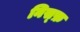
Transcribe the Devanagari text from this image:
निस्फ़